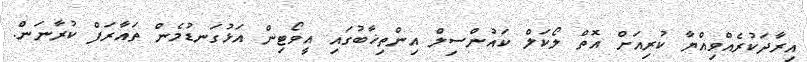
އިރާދަކުރެއްވިއްޔާ ކުރިއަށް އޮތް ލޯކަލް ކައުންސިލް އިންތިޚާބުގައި އީވޯޓިން އަޅުގަނޑުމެން ތައާރަފް ކުރާނަން.